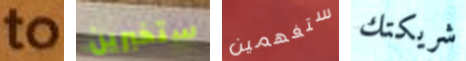
to ستخبرين ستفهمين شريكتك